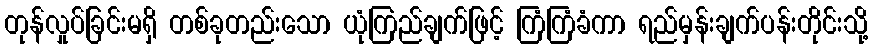
တုန်လှုပ်ခြင်းမရှိ တစ်ခုတည်းသော ယုံကြည်ချက်ဖြင့် ကြံကြံခံကာ ရည်မှန်းချက်ပန်းတိုင်းသို့